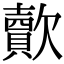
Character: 𣤯